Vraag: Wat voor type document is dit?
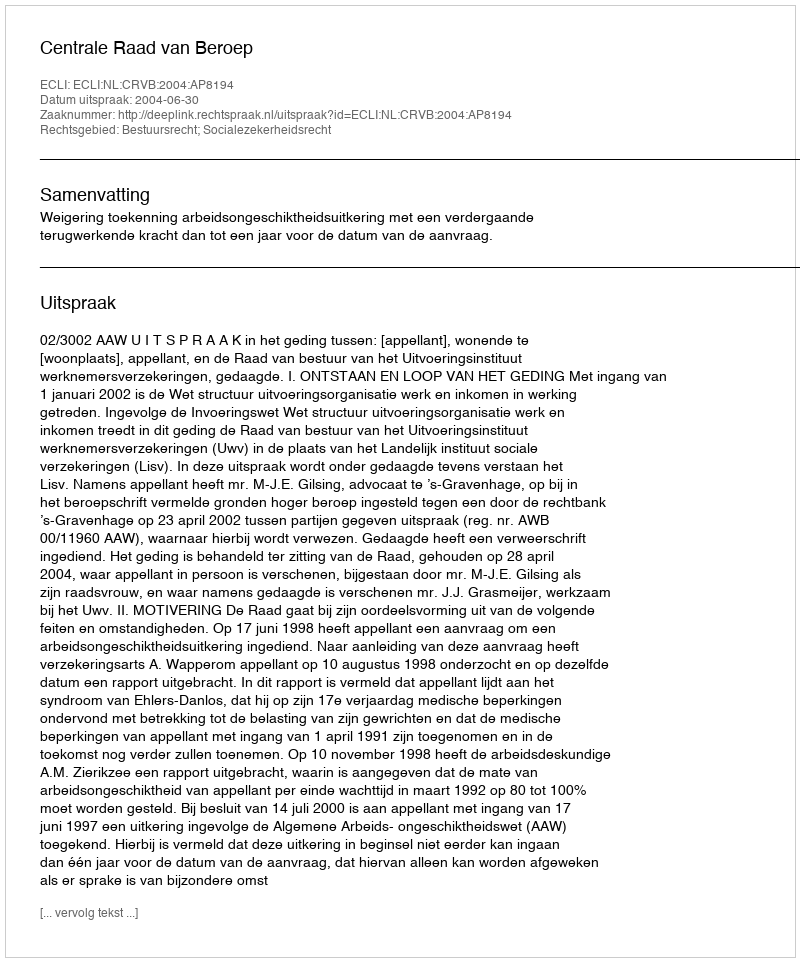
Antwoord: Uitspraak